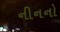
નીનનો